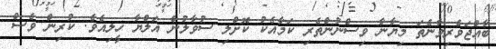
ބާއްޖަވެރިވާނެތަ މިޔާނާ ވިސްނުންތެރި ކަމާއެކު ކޮށްލި ސުވާލުން އަލްޔާ ހީލިއެވެ. ކުރިން ވެސް